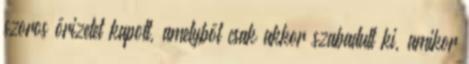
szoros őrizetet kapott, amelyből csak akkor szabadult ki, amikor